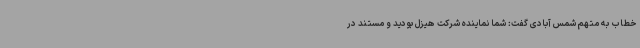
خطاب به متهم شمس آبادی گفت: شما نماینده شرکت هیزل بودید و مستند در